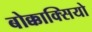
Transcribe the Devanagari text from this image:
बोक्काक्सियो